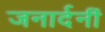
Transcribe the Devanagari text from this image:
जनार्दनीं